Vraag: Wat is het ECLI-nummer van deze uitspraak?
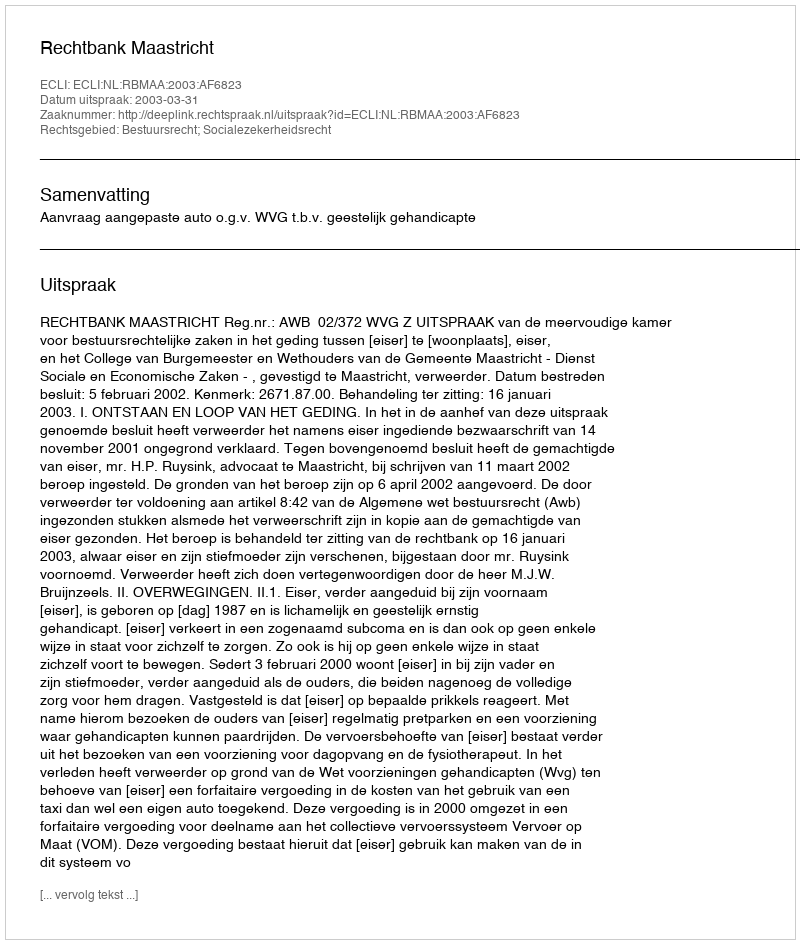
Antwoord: ECLI:NL:RBMAA:2003:AF6823